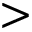
>